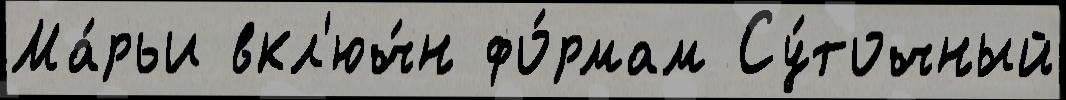
Ма́рьи вкл'юч́н фо́рмам Су́точный